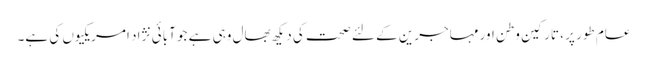
عام طور پر ، تارکین وطن اور مہاجرین کے لئے صحت کی دیکھ بھال وہی ہے جو آبائی نژاد امریکیوں کی ہے۔